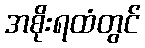
အစိုးရထံတွင်